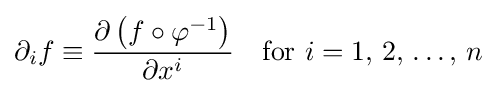
\partial _{i}f\equiv {\frac {\partial \left(f\circ \varphi ^{-1}\right)}{\partial x^{i}}}\quad {\mbox{for }}i=1,\,2,\,\dots ,\,n